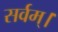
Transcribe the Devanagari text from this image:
सर्वम्।